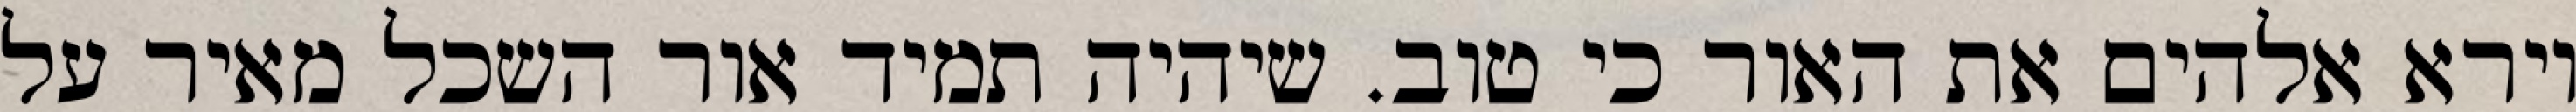
וירא אלהים את האור כי טוב. שיהיה תמיד אור השכל מאיר על